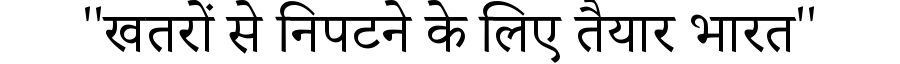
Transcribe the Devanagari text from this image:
''खतरों से निपटने के लिए तैयार भारत''